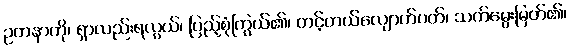
ဥတနာကို၊ ရှာလည်းရလွယ်၊ ပြည့်စုံကြွယ်၏၊ တင့်တယ်လျောက်ပတ်၊ သက်မွေးမြတ်၏၊